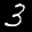
Label: 3